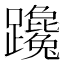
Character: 𨇩